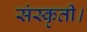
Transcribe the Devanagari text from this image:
संस्कृती।